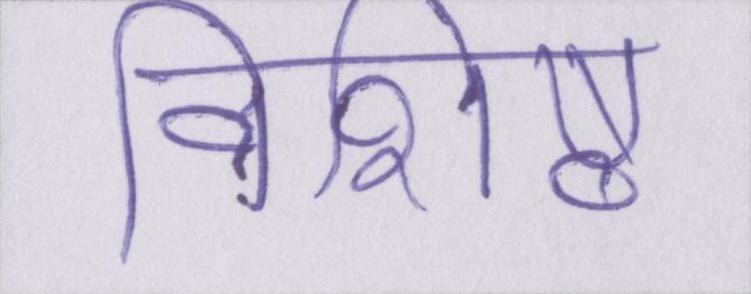
विशिष्ठ